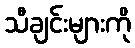
သီချင်းများကို